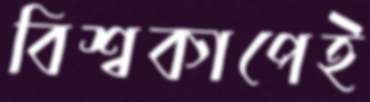
বিশ্বকাপেই